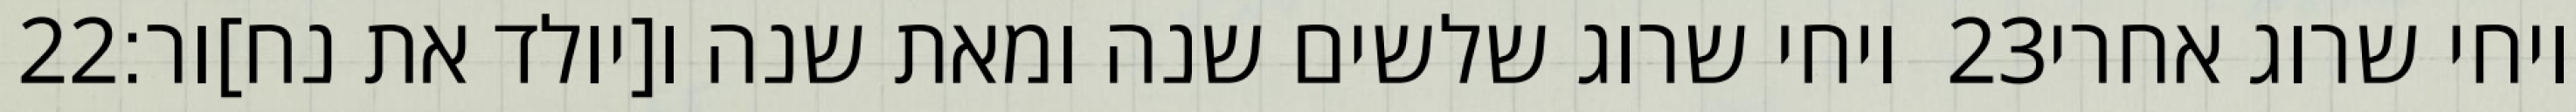
‎22‏ ויחי שרוג שלשים שנה ומאת שנה ו[יולד את נח]ור׃ ‎23‏ ויחי שרוג אחרי